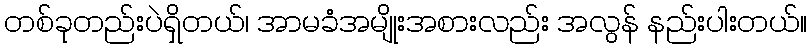
တစ်ခုတည်းပဲရှိတယ်၊ အာမခံအမျိုးအစားလည်း အလွန် နည်းပါးတယ်။